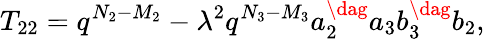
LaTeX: T_{22}=q^{N_{2}-M_{2}}-\lambda^{2}q^{N_{3}-M_{3}}a_{2}^{\dag}a_{3}b_{3}^{\dag}b_{2},